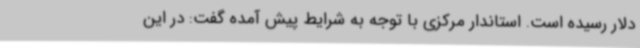
دلار رسیده است. استاندار مرکزی با توجه به شرایط پیش آمده گفت: در این